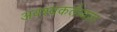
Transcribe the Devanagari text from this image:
अवश्यकर्तव्यता